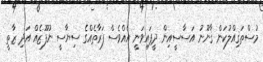
މުސްތަޤިއްލުކަން ޤާނޫނު އަސާސީއިން ދީފައިވަނީ އެއްވެސް ފަރާތެއްގެ ސިޔާސީ ނުފޫޒެއް އަދި ޒާތީ